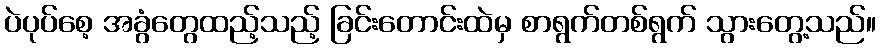
ပဲပုပ်စေ့ အခွံတွေထည့်သည့် ခြင်းတောင်းထဲမှ စာရွက်တစ်ရွက် သွားတွေ့သည်။